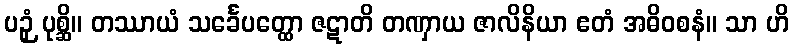
ပဉှံ ပုစ္ဆိ။ တဿာယံ သင်္ခေပတ္ထော ဇဋာတိ တဏှာယ ဇာလိနိယာ ဧတံ အဓိဝစနံ။ သာ ဟိ